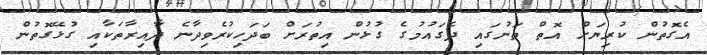
އެގޮތުން ކުރިޔަށް އޮތް ތަނުގައި ދެގައުމުގެ ގުޅުން އިތުރަށް ބަދަހިކުރެވިދާނެ ދާއިރާތަކާއި ގުޅޭގޮތުން